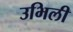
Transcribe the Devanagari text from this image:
उभिली